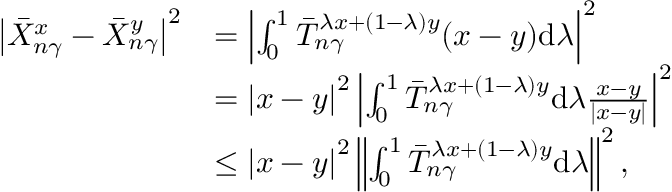
\begin{array} { r l } { \left| \bar { X } _ { n \gamma } ^ { x } - \bar { X } _ { n \gamma } ^ { y } \right| ^ { 2 } } & { = \left| \int _ { 0 } ^ { 1 } \bar { T } _ { n \gamma } ^ { \lambda x + ( 1 - \lambda ) y } ( x - y ) \mathrm { d } \lambda \right| ^ { 2 } } \\ & { = \left| x - y \right| ^ { 2 } \left| \int _ { 0 } ^ { 1 } \bar { T } _ { n \gamma } ^ { \lambda x + ( 1 - \lambda ) y } \mathrm { d } \lambda \frac { x - y } { \left| x - y \right| } \right| ^ { 2 } } \\ & { \le \left| x - y \right| ^ { 2 } \left\| \int _ { 0 } ^ { 1 } \bar { T } _ { n \gamma } ^ { \lambda x + ( 1 - \lambda ) y } \mathrm { d } \lambda \right\| ^ { 2 } , } \end{array}